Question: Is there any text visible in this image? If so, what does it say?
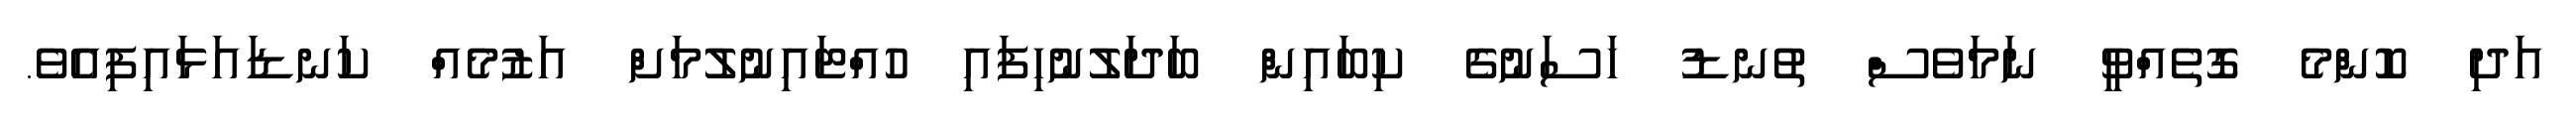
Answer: އަދި ކޮންމެ ގޮތެއްވީ ނަމަވެސް ތުނޑު ހަސަނުގެ ކިބައިން ބަދަލުނުހިފައި ހުއްޓައިނުލުމަށް އަޒުމެއް ކަނޑައަޅައިފިއެވެ.